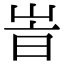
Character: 峕